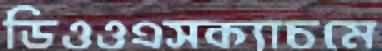
ডিওওএসক্যাচমে